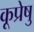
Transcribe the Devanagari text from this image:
कूप्रेषु